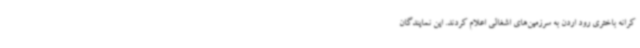
کرانه باختری رود اردن به سرزمین‌های اشغالی اعلام کردند. این نمایندگان